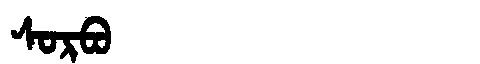
Manchu: ᠰᠣᡵᠪᠣ
Romanization: SORBO